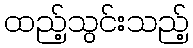
ထည့်သွင်းသည့်